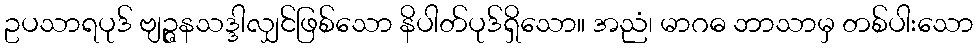
ဥပသာရပုဒ် ဗျဉ္ဇနသဒ္ဒါလျှင်ဖြစ်သော နိပါတ်ပုဒ်ရှိသော။ အညံ၊ မာဂဓ ဘာသာမှ တစ်ပါးသော